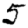
Digit: 5